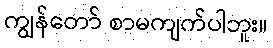
ကျွန်တော် စာမကျက်ပါဘူး။